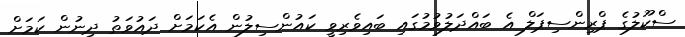
ސްކޫލުގެ ޕްރިންސިޕަލް އެ ބައްދަލުވުމުގައި ބައިވެރިވީ ކައުންސިލުން އެކަމަށް ދައުވަތު ދިނުން ކަމަށް